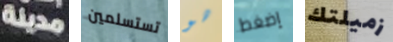
مدينة تستسلمين هو إضغط زميلتك